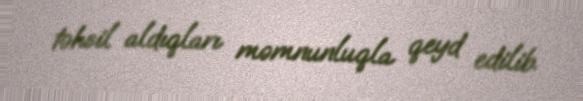
təhsil aldıqları məmnunluqla qeyd edilib.